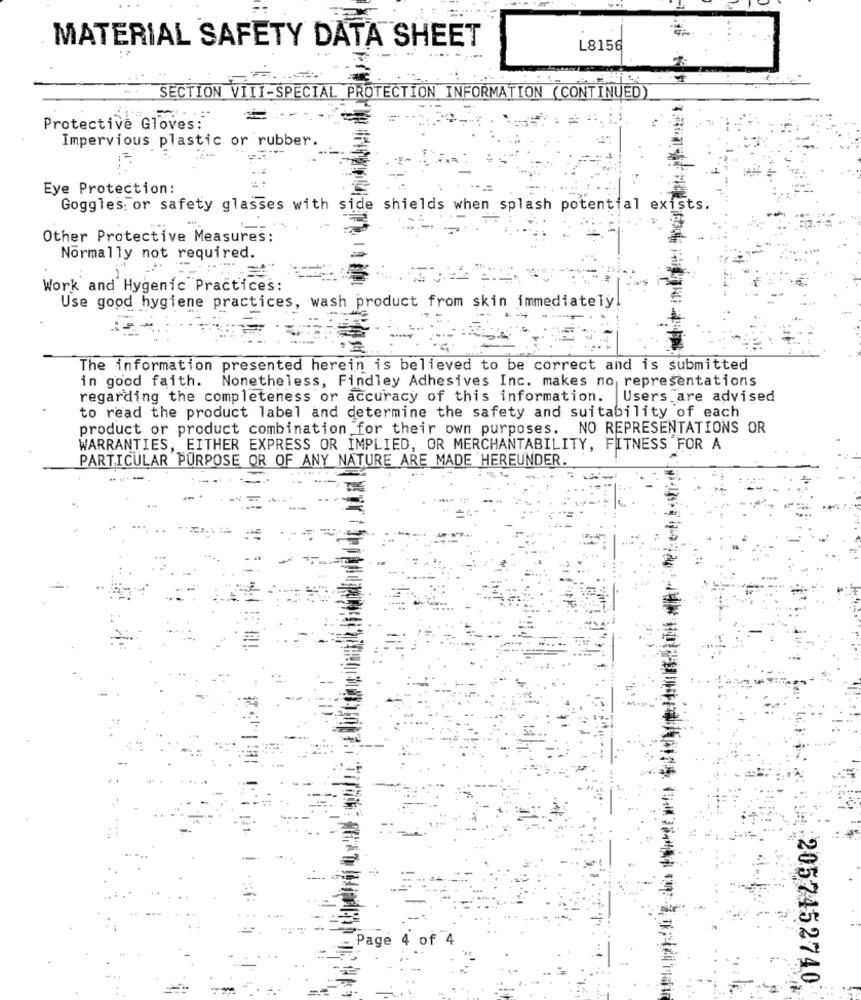
MATERIAL SAFETY DATA SHEET
L8156
SECTION VIII-SPECIAL PROTECTION INFORMATION (CONTINUED)
Protective Gloves :
Impervious plastic or rubber.
2 :
Eye Protection:
--=
Goggles: or safety glasses with side shields when splash potential exists.
Other Protective Measures:
Normally not required.
Work and Hygenic Practices:
Use good hygiene practices, wash product from skin immediately!
The information presented herein is believed to be correct and is submitted
Nonetheless, Findley Adhesives Inc. makes no representations
in good faith.
regarding the completeness or accuracy of this information.
Users are advised
to read the product label and determine the safety and suitability of each
product or product combination for their own purposes. NO REPRESENTATIONS OR
WARRANTIES, EITHER EXPRESS OR IMPLIED, OR MERCHANTABILITY, FITNESS FOR A
PARTICULAR PURPOSE OR OF ANY NATURE ARE MADE HEREUNDER.
Page
4 of
2057452740